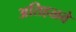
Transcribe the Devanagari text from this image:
अतिहळवे